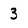
Character: 3